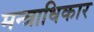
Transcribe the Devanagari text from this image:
मन्त्राधिकार